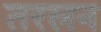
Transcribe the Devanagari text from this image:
तरलन